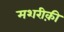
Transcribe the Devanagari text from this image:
मशरीक़ी